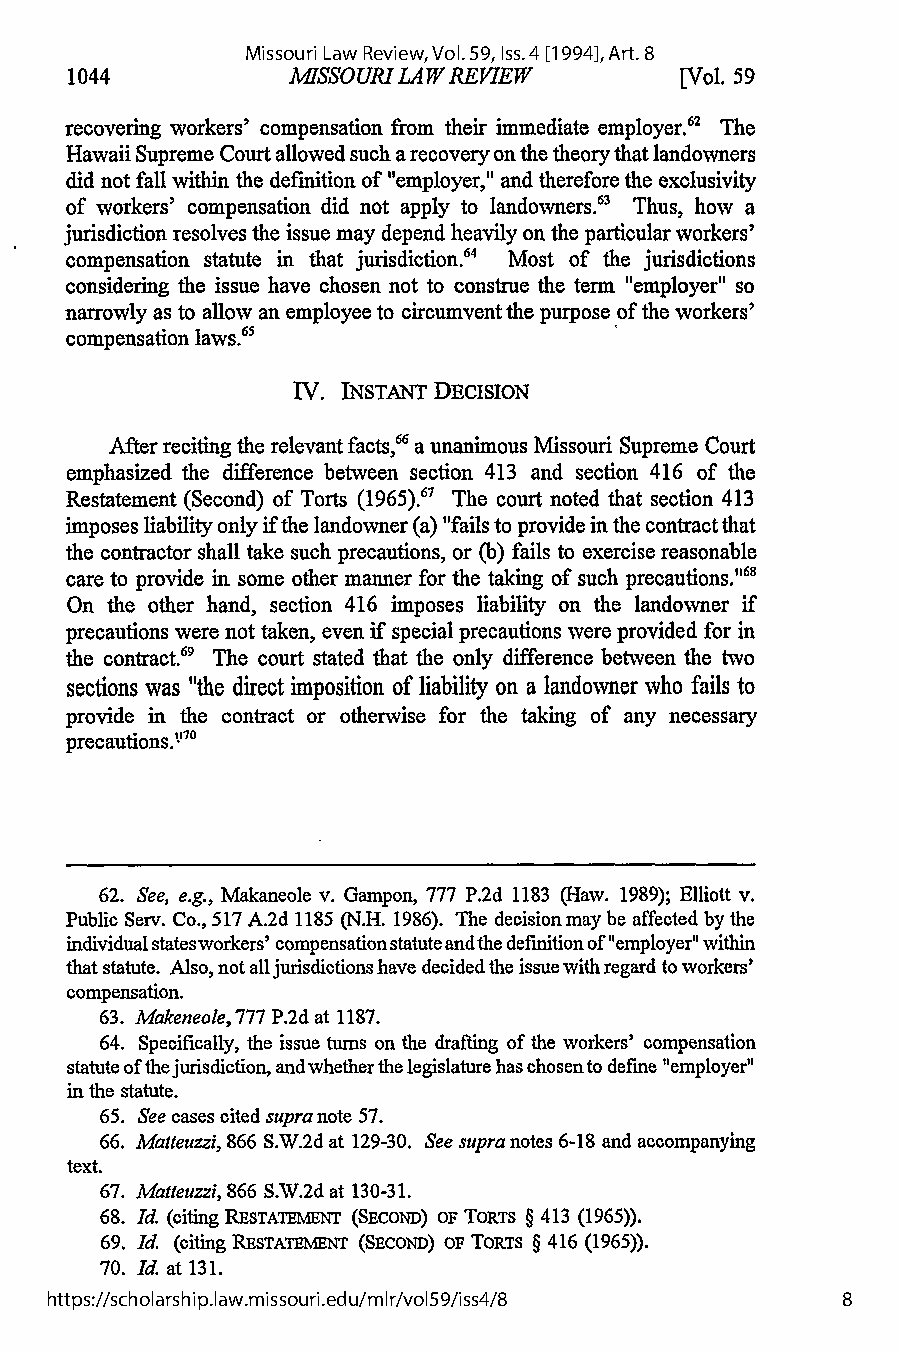
Missouri Law Review, Vol. 59, Iss. 4 [1994], Art. 8
 1044            4ASSOURI LAW REVIEW      [Vol. 59
 recovering workers' compensation from their immediate employer.62 The
 Hawaii Supreme Court allowed such a recovery on the theory that landowners
 did not fall within the definition of "employer," and therefore the exclusivity
 of workers' compensation did not apply to landowners.63 Thus, how a
 jurisdiction resolves the issue may depend heavily on the particular workers'
 compensation statute in that jurisdiction.64 Most of the jurisdictions
 considering the issue have chosen not to construe the term "employer" so
 narrowly as to allow an employee to circumvent the purpose of the workers'
 compensation laws.65
 IV. INSTANT DECISION
 After reciting the relevant facts,66 a unanimous Missouri Supreme Court
 emphasized the difference between section 413 and section 416 of the
 Restatement (Second) of Torts (1965).67 The court noted that section 413
 imposes liability only if the landowner (a) "fails to provide in the contract that
 the contractor shall take such precautions, or (b) fails to exercise reasonable
 care to provide in some other manner for the taking of such precautions."68
 On the other hand, section 416 imposes liability on the landowner if
 precautions were not taken, even if special precautions were provided for in
 the contract.69 The court stated that the only difference between the two
 sections was "the direct imposition of liability on a landowner who fails to
 provide in the contract or otherwise for the taking of any necessary
 precautions.""
 62. See, e.g., Makaneole v. Gampon, 777 P.2d 1183 (Haw. 1989); Elliott v.
 Public Serv. Co., 517 A.2d 1185 (N.H. 1986). The decision may be affected by the
 individual statesworkers' compensation statute and the definition of "employer" within
 that statute. Also, not all jurisdictions have decided the issue with regard to workers'
 compensation.
 63. Makeneole, 777 P.2d at 1187.
 64. Specifically, the issue turns on the drafting of the workers' compensation
 statute of the jurisdiction, and whether the legislature has chosento define "employer"
 in the statute.
 65. See cases cited supra note 57.
 66. Matteuzzi, 866 S.W.2d at 129-30. See supran otes 6-18 and accompanying
 text.
 67. Matteuzzi, 866 S.W.2d at 130-31.
 68. Id. (citing RESTATEMENT (SECOND) OF TORTS § 413 (1965)).
 69. Id. (citing RESTATEMENT (SECOND) OF TORTS § 416 (1965)).
 70. Id. at 131.
 https://scholarship.law.missouri.edu/mlr/vol59/iss4/8 8